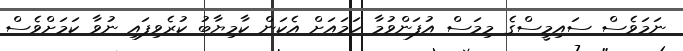
ނަމަވެސް ސައިމީސްގެ މިމަސް އުފަންވުމާ ހަމައަށް އެކަން ކާމިޔާބު ކުރެވިފައި ނުވާ ކަމަށްވެސް